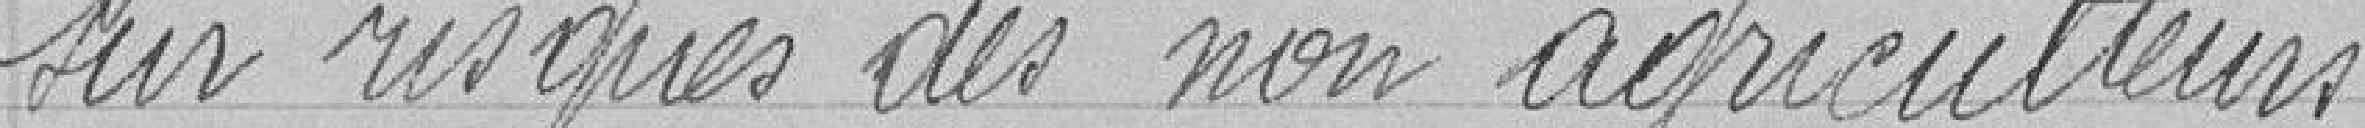
sur risques des non agriculteurs.